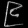
Digit: ၉